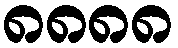
၈၈၈၈